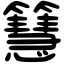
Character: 𥶙